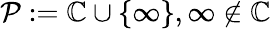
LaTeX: {\mathcal{P}}:=\mathbb{C}\cup\{ \infty\} ,\infty\notin\mathbb{C}